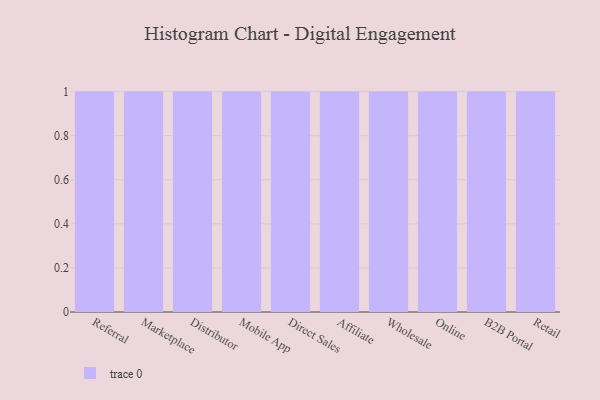
{"axis": {"x": "Channel", "y": "Headcount"}, "legend": [""], "data": [{"x": "Referral", "y": 56, "type": ""}, {"x": "Marketplace", "y": 2, "type": ""}, {"x": "Distributor", "y": 62, "type": ""}, {"x": "Mobile App", "y": 89, "type": ""}, {"x": "Direct Sales", "y": 28, "type": ""}, {"x": "Affiliate", "y": 97, "type": ""}, {"x": "Wholesale", "y": 27, "type": ""}, {"x": "Online", "y": 23, "type": ""}, {"x": "B2B Portal", "y": 100, "type": ""}, {"x": "Retail", "y": 60, "type": ""}]}